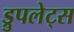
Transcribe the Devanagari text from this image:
ड्रुपलेट्स